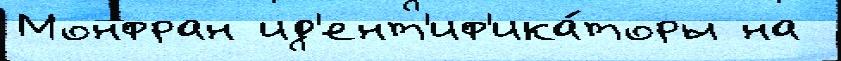
Монфран ид'ент'иф'ика́торы на